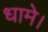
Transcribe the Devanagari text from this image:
धामे।